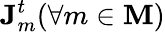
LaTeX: \mathbf{J}_{m}^{t}(\forall m\in\mathbf{M})